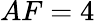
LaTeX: AF=4